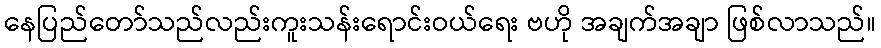
နေပြည်တော်သည်လည်းကူးသန်းရောင်းဝယ်ရေး ဗဟို အချက်အချာ ဖြစ်လာသည်။